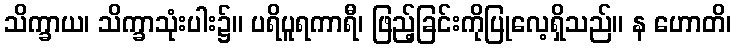
သိက္ခာယ၊ သိက္ခာသုံးပါး၌။ ပရိပူရကာရီ၊ ဖြည့်ခြင်းကိုပြုလေ့ရှိသည်။ န ဟောတိ၊